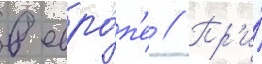
в евро́п'е // Пр'и́